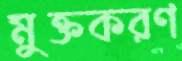
মুক্তকরণ